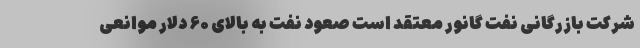
شرکت بازرگانی نفت گانور معتقد است صعود نفت به بالای ۶۰ دلار موانعی